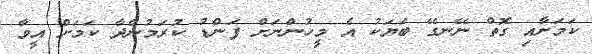
ކަމަށާއި ގޮތް ނޭނގޭ ބަޔަކު އެ މީހުންނަށް ފަންޑު ކުރަމުންދާ ކަމަށް އީވާ